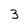
Character: 3